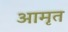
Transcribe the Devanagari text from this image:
आमृत